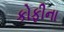
કોફીના